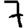
Digit: 7